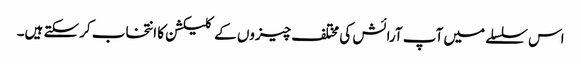
اس سلسلے میں آپ آرائش کی مختلف چیزوں کے کلیکشن کا انتخاب کرسکتے ہیں۔